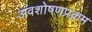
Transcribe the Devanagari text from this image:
अवशोषणप्रक्रम